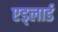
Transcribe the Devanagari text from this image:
एड्लार्ड